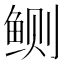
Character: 鲗